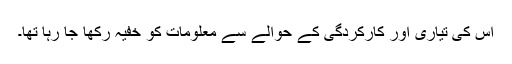
اس کی تیاری اور کارکردگی کے حوالے سے معلومات کو خفیہ رکھا جا رہا تھا۔